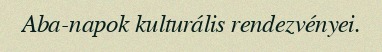
Aba-napok kulturális rendezvényei.